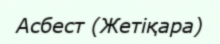
Асбест (Жетіқара)